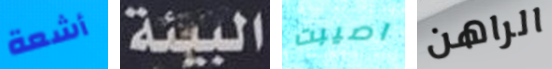
أشعة البيئة اصيبت الراهن